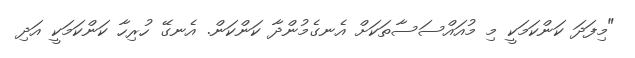
"މިފަދަ ކަންކަމަކީ މި މުއައްސަސާތަކަށް އެނގެމުންދާ ކަންކަން. އެނގޭ ހުރިހާ ކަންކަމަކީ އަދި